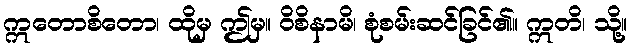
ဣတောစိတော၊ ထိုမှ ဤမှ။ ဝိစိနာမိ၊ စုံစမ်းဆင်ခြင်၏။ ဣတိ၊ သို့။